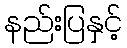
နည်းပြနှင့်